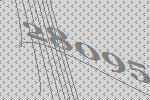
28095